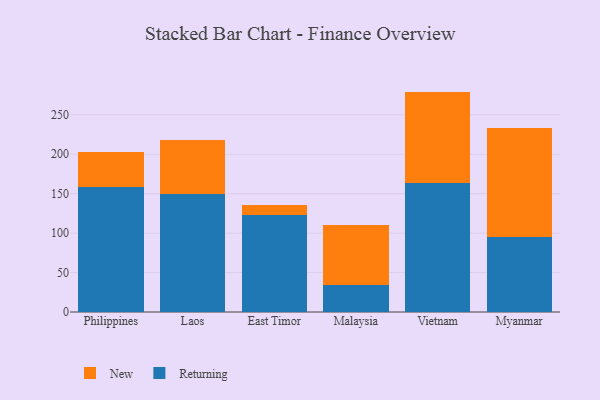
{"axis": {"x": "Country", "y": "Backlog"}, "legend": ["New", "Returning"], "data": [{"x": "Philippines", "y": 158.7, "type": "Returning"}, {"x": "Philippines", "y": 44.3, "type": "New"}, {"x": "Laos", "y": 150.0, "type": "Returning"}, {"x": "Laos", "y": 68.6, "type": "New"}, {"x": "East Timor", "y": 122.8, "type": "Returning"}, {"x": "East Timor", "y": 12.5, "type": "New"}, {"x": "Malaysia", "y": 33.8, "type": "Returning"}, {"x": "Malaysia", "y": 76.4, "type": "New"}, {"x": "Vietnam", "y": 163.6, "type": "Returning"}, {"x": "Vietnam", "y": 115.9, "type": "New"}, {"x": "Myanmar", "y": 94.9, "type": "Returning"}, {"x": "Myanmar", "y": 138.1, "type": "New"}]}